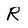
Character: R